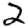
Digit: 2